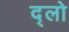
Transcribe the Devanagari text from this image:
द्लो